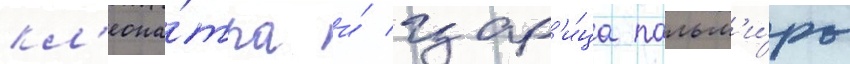
кл'еопа́тра и́ цар'и́ца пальм'и́ры